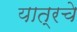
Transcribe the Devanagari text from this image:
यात्रचे